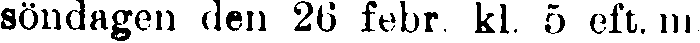
söndagen den 26 febr kl. 5 eft. m.